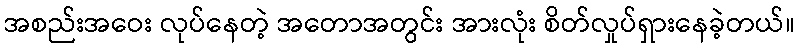
အစည်းအဝေး လုပ်နေတဲ့ အတောအတွင်း အားလုံး စိတ်လှုပ်ရှားနေခဲ့တယ်။